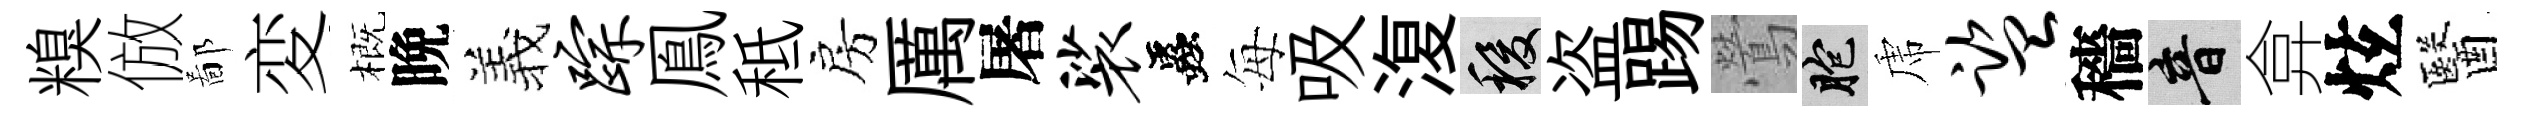
糗倣鄙変概晩羲踪鳯秪房厲屠裟蟲每吸𣸪稷盗踢鶯胞虎监穡音弇炫醫